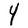
Character: Y